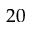
2 0